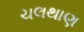
ચલથાણ